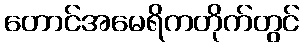
တောင်အမေရိကတိုက်တွင်